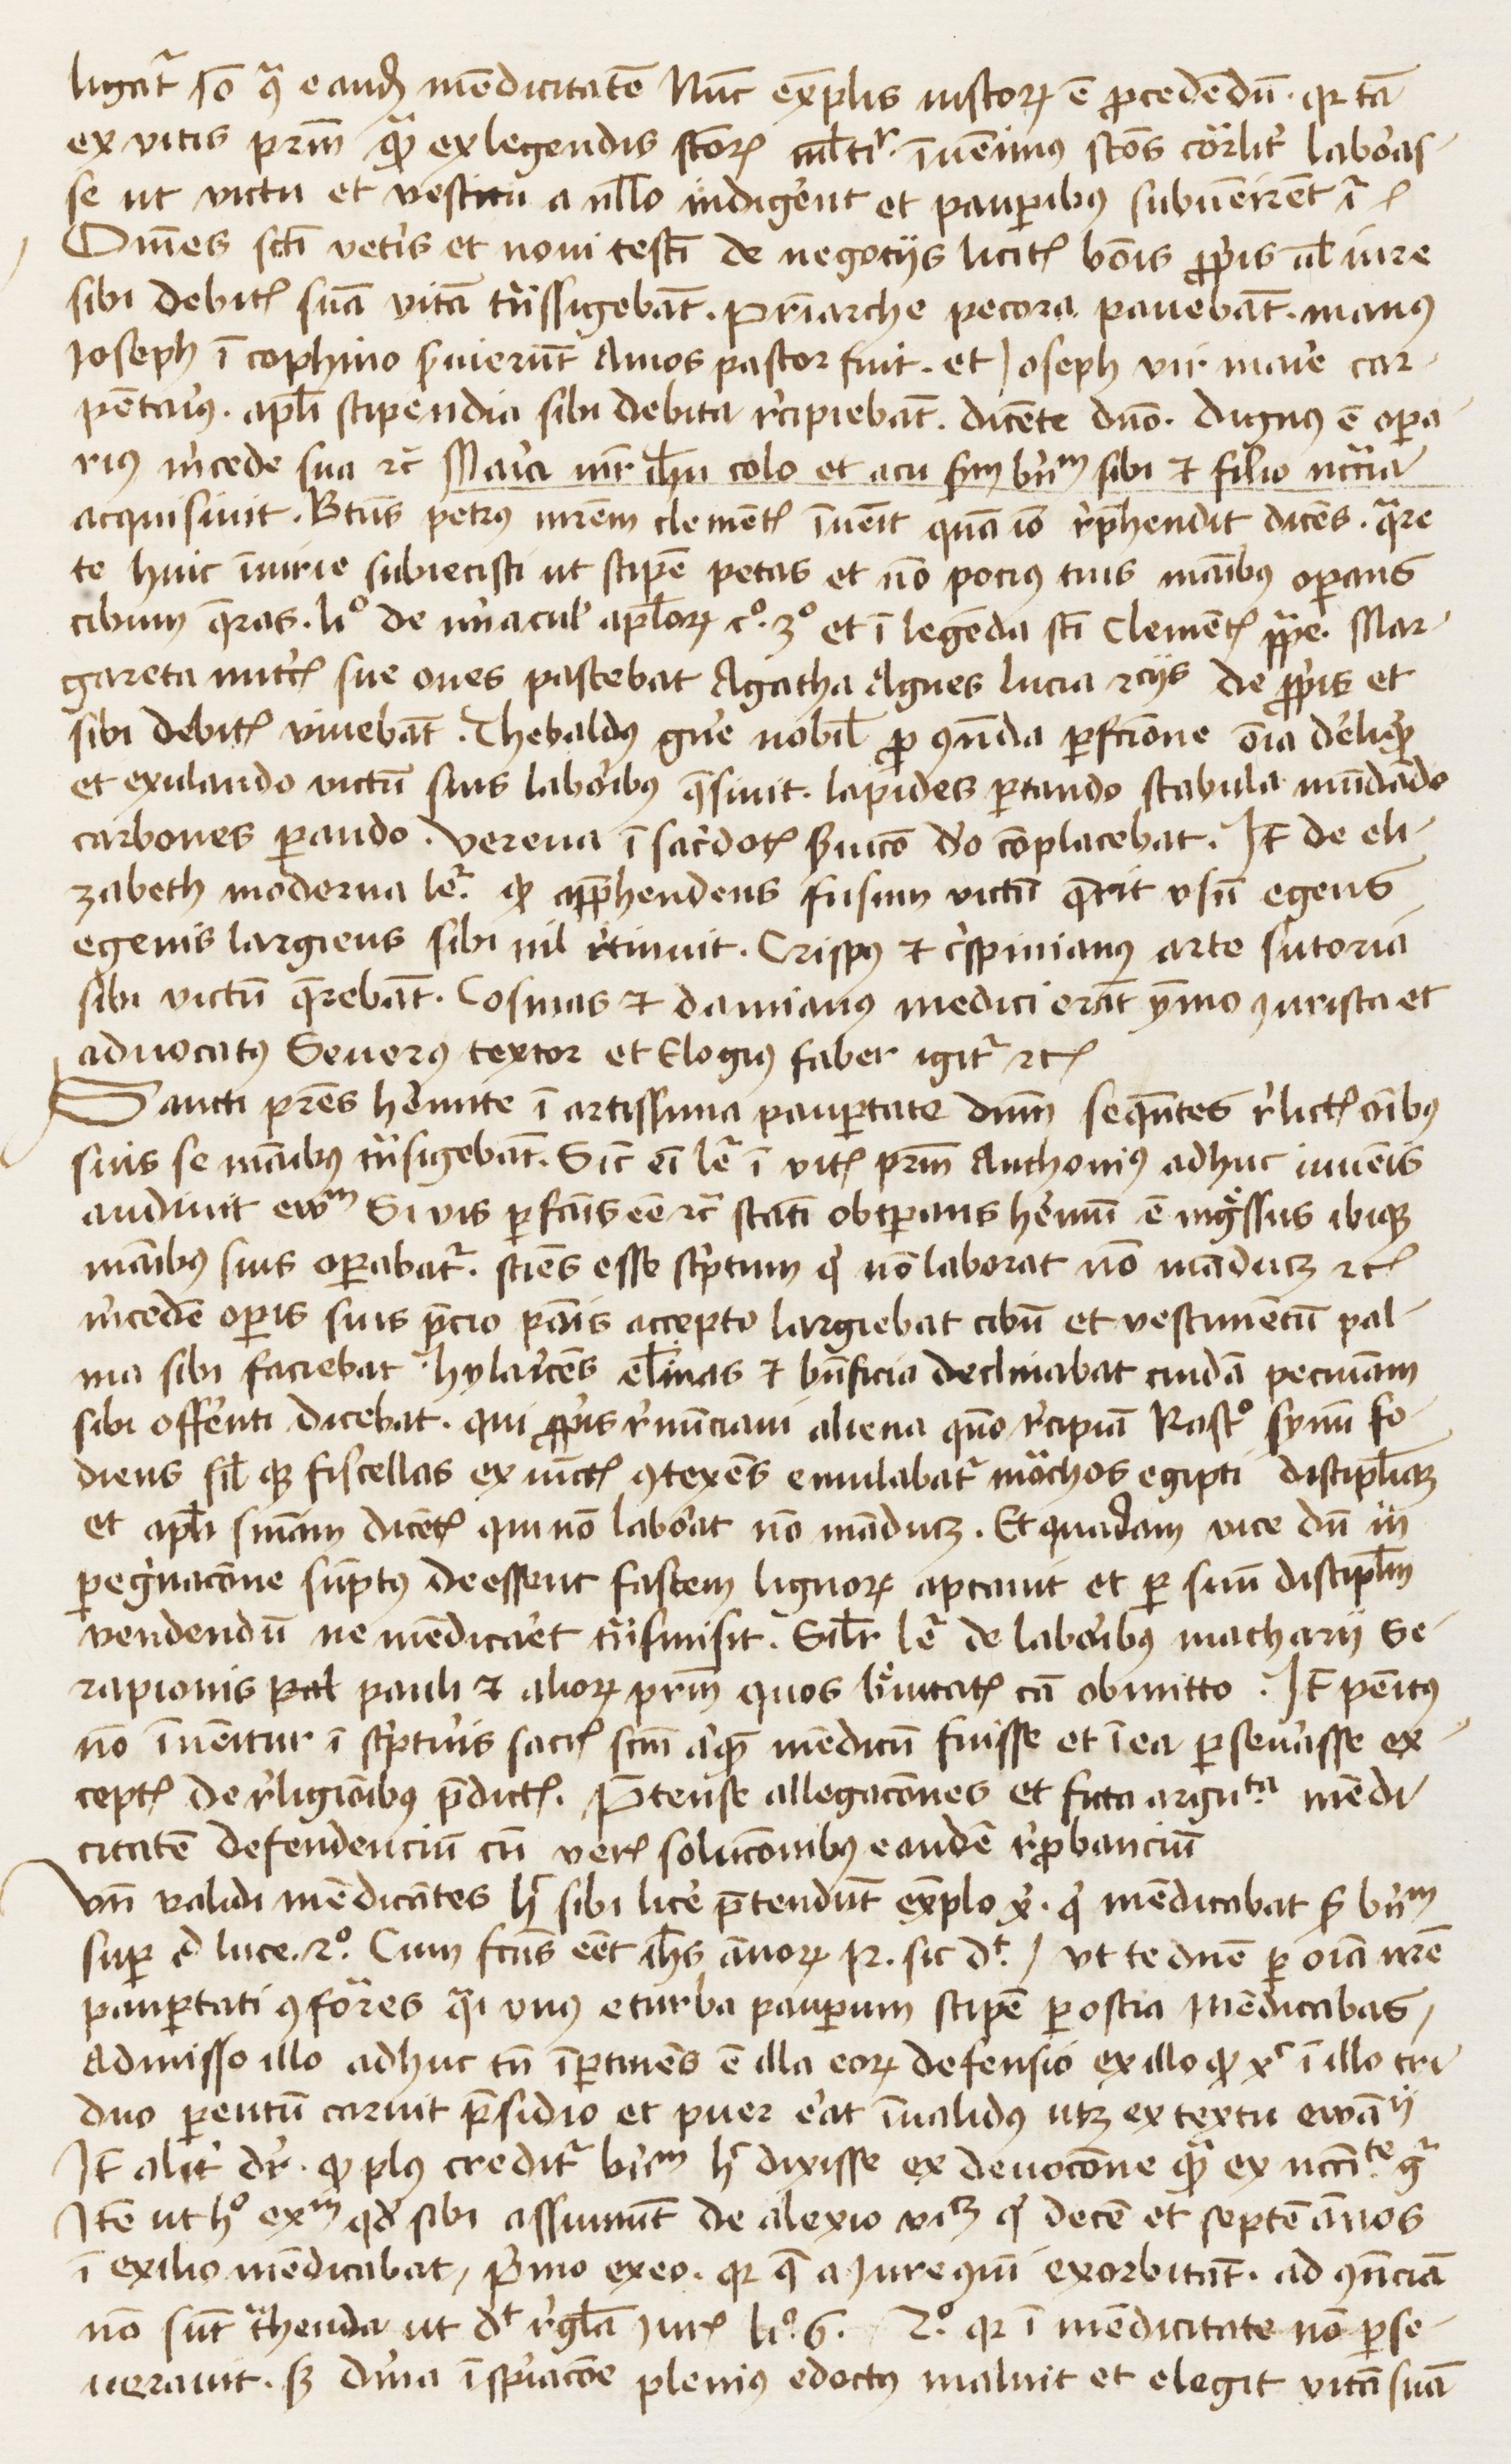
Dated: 1445–1474